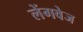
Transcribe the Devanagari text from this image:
लेंगवेज